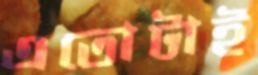
এতোটাই